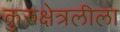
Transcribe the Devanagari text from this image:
कुरुक्षेत्रलीला